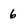
Character: 6